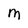
Character: M